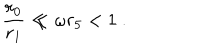
LaTeX: \frac { r _ { 0 } } { r _ { 1 } } \ll \omega r _ { 5 } < 1 ~ .